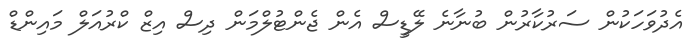
އެދުވަހަކުން ސަރުކާރުން ބުނާނެ ލޭޑީސް އެން ޖެންޓުލްމަން ދިސް އިޒް ކްރުއަލް މައިންޑް